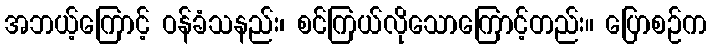
အဘယ့်ကြောင့် ဝန်ခံသနည်း၊ စင်ကြယ်လိုသောကြောင့်တည်း။ ပြောစဉ်က